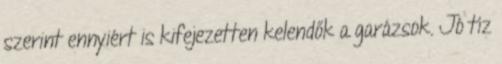
szerint ennyiért is kifejezetten kelendők a garázsok. Jó tíz